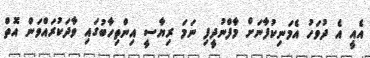
އެއީީ އެ ދުވަހު އެމަނިކުފާނަށް މާފްނުދީފި ނަމަ ރިޔާސީ އިންތިހާބުގައި ވާދަކުރައްވަން އޮތް